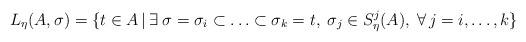
\begin{align*} L_\eta(A,\sigma) = \{t \in A \, | \, \exists \; \sigma = \sigma_i \subset \ldots \subset \sigma_k =t, \; \sigma_j \in S_\eta^j(A), \; \forall \, j=i,\ldots,k \}\end{align*}